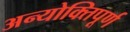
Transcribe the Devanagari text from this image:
अन्योक्तिपूर्ण